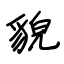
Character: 貌